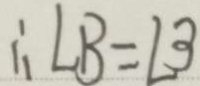
\therefore \angle B = \angle 3